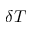
\delta T